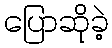
ပြောဆိုခဲ့